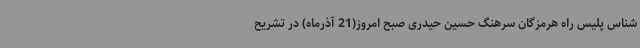
شناس پلیس راه هرمزگان سرهنگ حسین حیدری صبح امروز(21 آذرماه) در تشریح